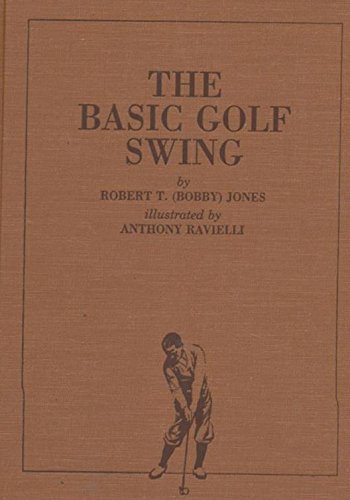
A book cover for The Basic Golf Swing; Robert T. (Bobby) Jones; Sports & Outdoors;